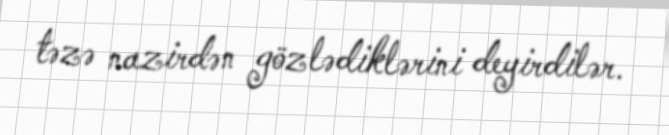
təzə nazirdən gözlədiklərini deyirdilər.